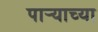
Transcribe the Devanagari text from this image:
पार्‍याच्या